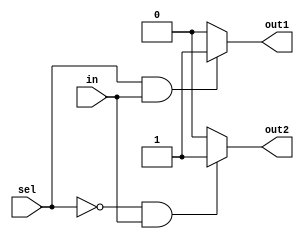
module demux (
    input wire in,
    input wire sel,
    output reg out1,
    output reg out2
);

always @(*)
begin
    out1 = (sel & in) ? 1'b1 : 1'b0;
    out2 = (~sel & in) ? 1'b1 : 1'b0;
end

endmodule